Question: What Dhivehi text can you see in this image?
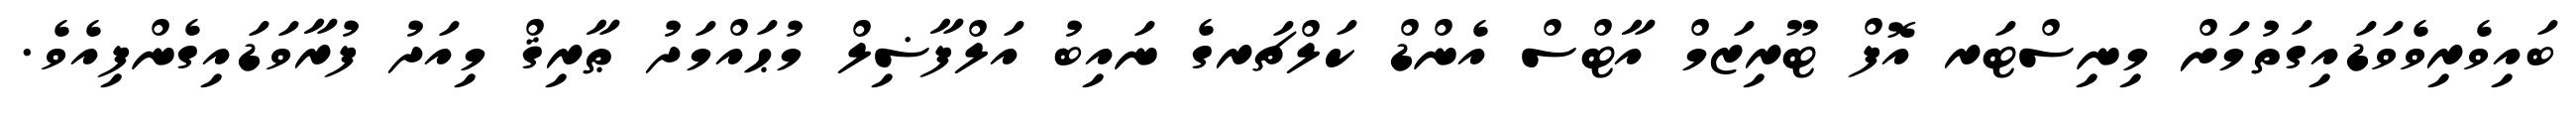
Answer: ބައިވެރިވެވަޑައިގަތުމަށް މިނިސްޓަރ އޮފް ޓޫރިޒަމް އާޓްސް އެންޑް ކަލްޗަރގެ ނައިބު އަލްފާޟިލް މުޙައްމަދު ޠާރިޤް މިއަދު ފުރާވަޑައިގެންފިއެވެ.